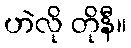
ဟဲလို တိုနီ။